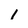
Character: 1